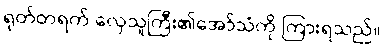
ရုတ်တရက် လှေသူကြီး၏အော်သံကို ကြားရသည်။